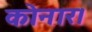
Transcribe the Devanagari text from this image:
कोनार।